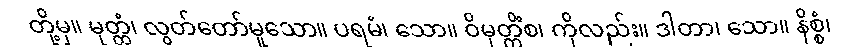
တို့မှ။ မုတ္တံ၊ လွတ်တော်မူသော။ ပရမံ၊ သော။ ဝိမုတ္တိံစ၊ ကိုလည်း။ ဒါတာ၊ သော။ နိစ္စံ၊